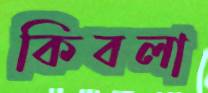
কিবলা